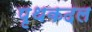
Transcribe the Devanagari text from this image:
पृथकदल